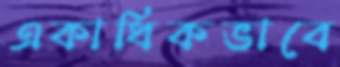
একাধিকভাবে